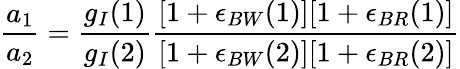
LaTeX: \frac{a_{1}}{a_{2}}={\frac{g_{I}{(1)}}{g_{I}{(2)}}{\frac{[1+\epsilon_{BW}(1)][1+\epsilon_{BR}(1)]}{[1+\epsilon_{BW}(2)][1+\epsilon_{BR}(2)]}}}